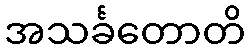
အသင်္ခတောတိ